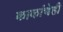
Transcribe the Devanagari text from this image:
काकांचेही